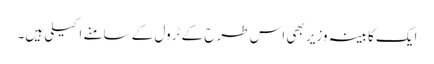
ایک کابینہ وزیر بھی اس طرح کے ٹرول کے سامنے اکیلی ہیں۔